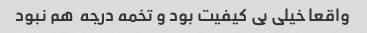
واقعا خیلی بی کیفیت بود و تخمه درجه  هم نبود